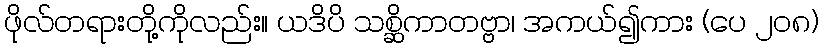
ဖိုလ်တရားတို့ကိုလည်း။ ယဒိပိ သစ္ဆိကာတဗ္ဗာ၊ အကယ်၍ကား (ပေ ၂၀၈)